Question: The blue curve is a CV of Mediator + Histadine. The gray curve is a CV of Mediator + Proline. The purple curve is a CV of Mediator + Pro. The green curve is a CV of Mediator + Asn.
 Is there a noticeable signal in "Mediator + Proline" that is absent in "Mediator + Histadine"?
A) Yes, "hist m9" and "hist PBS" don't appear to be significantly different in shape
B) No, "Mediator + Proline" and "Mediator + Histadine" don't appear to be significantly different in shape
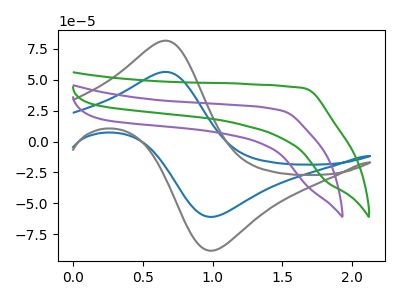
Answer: <think>The blue curve "Mediator + Histadine" has an anodic peak at (0.65V, 56.35uA) and a cathodic peak at (1.00V, -60.95uA). The gray curve "Mediator + Proline" has an anodic peak at (0.65V, 81.60uA) and a cathodic peak at (1.00V, -88.30uA). The purple curve "Mediator + Pro" has no peaks. The green curve "Mediator + Asn" has no peaks.
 All the peaks in "Mediator + Proline" have a peak in "Mediator + Histadine" at the same potential. Every peak in "Mediator + Proline" is higher than every peak in "Mediator + Histadine".</think>
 <answer>B) No, "Mediator + Proline" and "Mediator + Histadine" don't appear to be significantly different in shape</answer>
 <eval>B</eval>